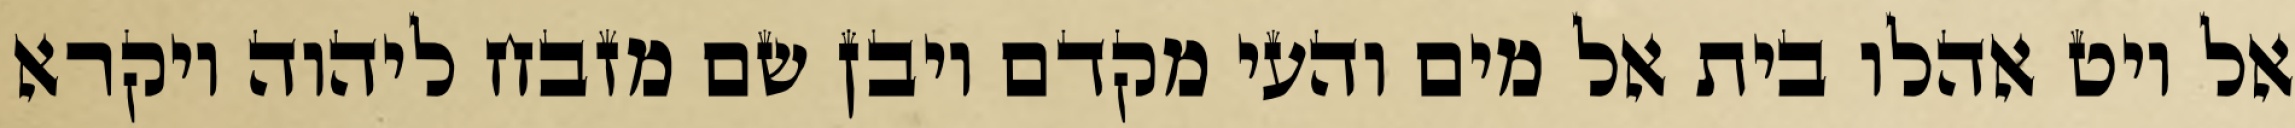
אל ויט אהלו בית אל מים והעי מקדם ויבן שם מזבח ליהוה ויקרא